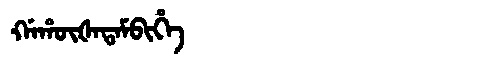
Manchu: ᡤᠠᡥᡡᡧᠠᡨᠠᠮᠪᡳᡥᡝ
Romanization: GAHŪŠATAMBIHE